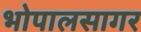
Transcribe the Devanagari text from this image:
भोपालसागर